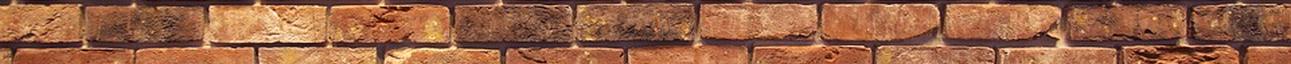
szem és a "Téééényleg, ezt nem is tudtam" mondat.